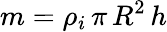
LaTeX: m=\rho_{i}\, \pi\, R^{2}\, h